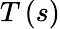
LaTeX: T\left(s\right)